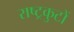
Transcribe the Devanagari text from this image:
राष्‍ट्रकुटों